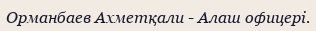
Орманбаев Ахметқали - Алаш офицері.